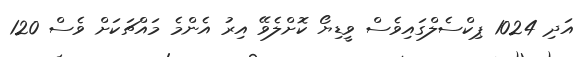
އަދި 1024 ޕިކްސެލްގައިވެސް ވީޑިޔޯ ކޮށްލެވޭ އިރު އެންމެ މައްޗަކަށް ވެސް 120